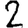
Digit: 2